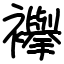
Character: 襷